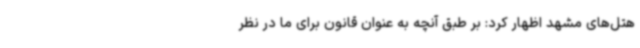
هتل‌های مشهد اظهار کرد: بر طبق آنچه به عنوان قانون برای ما در نظر